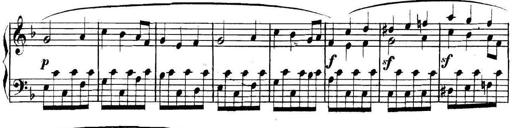
Title: Collected Piano Sonatas
Composer: Muzio Clementi